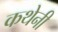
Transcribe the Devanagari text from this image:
कथेनी